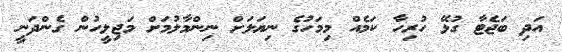
އަދި ބަޖެޓާ ގުޅޭ ހުރިހާ ކަމެއް މިމަހުގެ ނިޔަލަށް ނިންމާލުމަށް މަޖިލީހުން ގެންދަނީ